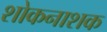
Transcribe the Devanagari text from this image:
शोकनाशक